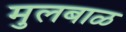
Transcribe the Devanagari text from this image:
मुलबाळ